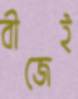
বীজেই